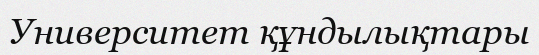
Университет құндылықтары